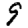
Digit: 9